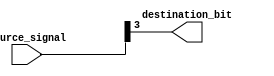
module bit_select_assign (
    input [7:0] source_signal,
    output reg destination_bit
);

always @* begin
    destination_bit = source_signal[3]; // Assigning bit 3 from the source signal to the destination bit
end

endmodule